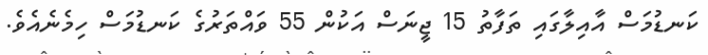
ކަނޑުމަސް އާއިލާގައި ތަފާތު 15 ޖީނަސް އަކުން 55 ވައްތަރުގެ ކަނޑުމަސް ހިމެނެއެވެ.